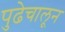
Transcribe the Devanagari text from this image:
पुढेचालून